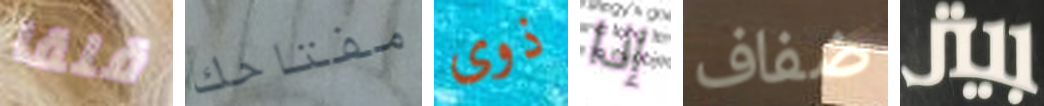
قلقا مفتاحك ذوى إذا ضفاف بيتر